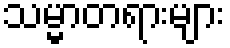
သမ္မာတရားများ